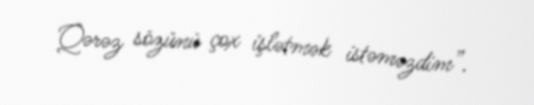
Qərəz sözünü çox işlətmək istəməzdim”.